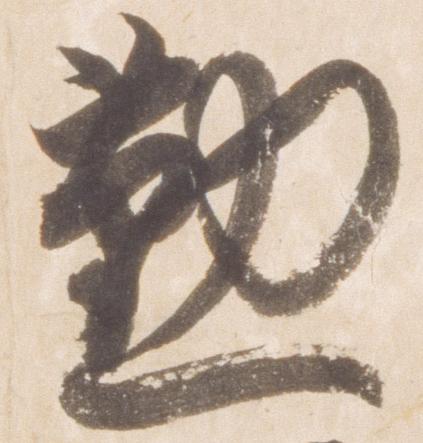
勤